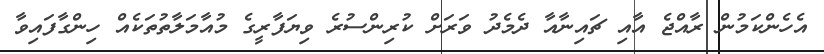
އެހެންކަމުން ރާއްޖެ އާއި ޗައިނާއާ ދެމެދު ވަރަށް ކުރިންސުރެ ވިޔަފާރީގެ މުއާމަލާތުތަކެއް ހިންގާފައިވާ